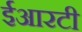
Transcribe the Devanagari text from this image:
ईआरटी